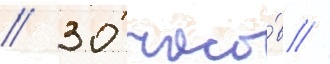
// 30 часо́в //